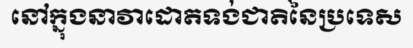
នៅក្នុងនាវាដោតទង់ជាតិនៃប្រទេស